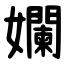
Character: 孄